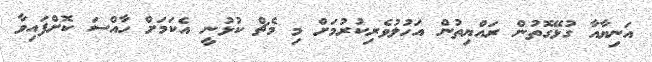
އަނިޔާއާ ގުޅޭގޮތުން ރައްޔިތުން އަހުލުވެރިކުރުމަށް މި މެޗް ކުޅުނީ އެކަމަށް ހާއްސަ ކޮށްފައިވާ